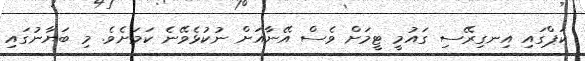
ކަޕްގައި އިނގިރޭސި ގައުމީ ޓީމަށް ވެސް އޭނާއަށް ނުކުޅެވޭނެ ކަމަށެވެ. މި ބަޔާނުގައި